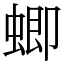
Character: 蝍